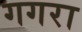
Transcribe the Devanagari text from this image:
गगरा